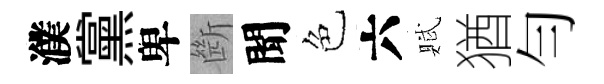
濮黨卑㫁聞色六賦猶勻